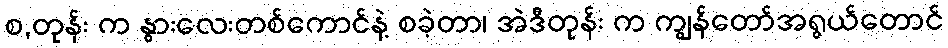
စ,တုန်း က နွားလေးတစ်ကောင်နဲ့ စခဲ့တာ၊ အဲဒီတုန်း က ကျွန်တော်အရွယ်တောင်